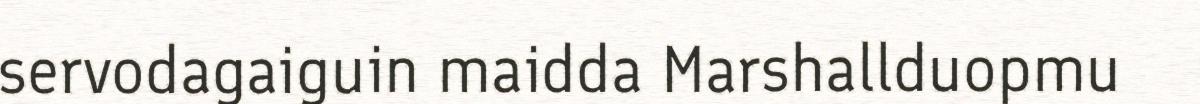
servodagaiguin maidda Marshallduopmu